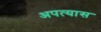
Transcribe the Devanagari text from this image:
अपत्यास